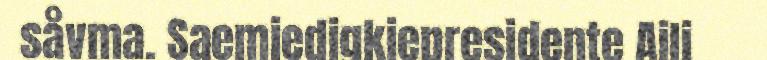
såvma. Saemiedigkiepresidente Aili